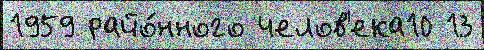
1959 райо́нного челов'ека10 13